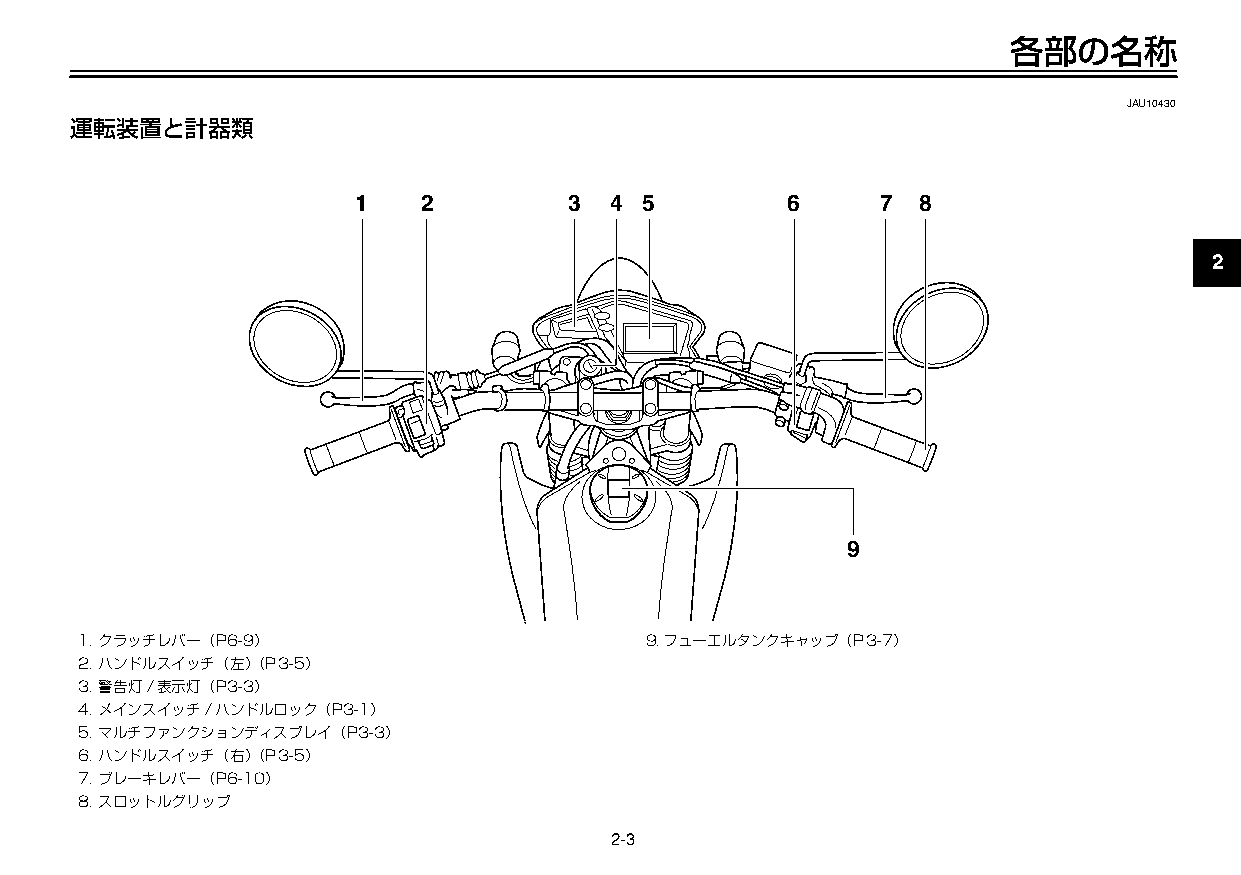
U3C5J7J0 3ページ ２００９年１１月４日 水曜日 午前９時４７分
 各部の名称
 JAU10430
 運転装置と計器類
 1   2         3  4 5        6     7  8
 2
 3
 4
 5
 6
 9
 7
 8
 1.クラッチレバー（P6-9）                       9.フューエルタンクキャップ（P3-7）
 2.ハンドルスイッチ（左）（P3-5）
 9
 3.警告灯/表示灯（P3-3）
 4.メインスイッチ/ハンドルロック（P3-1）
 5.マルチファンクションディスプレイ（P3-3）
 6.ハンドルスイッチ（右）（P3-5）
 7.ブレーキレバー（P6-10）
 8.スロットルグリップ
 2-3